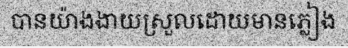
បានយ៉ាងងាយស្រួលដោយមានភ្លៀង